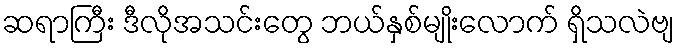
ဆရာကြီး ဒီလိုအသင်းတွေ ဘယ်နှစ်မျိုးလောက် ရှိသလဲဗျ